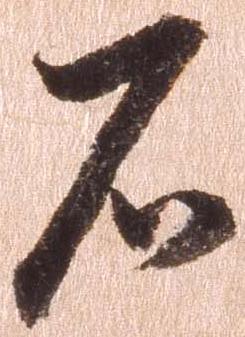
石